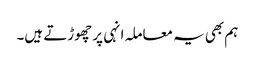
ہم بھی یہ معاملہ انہی پر چھوڑتے ہیں۔